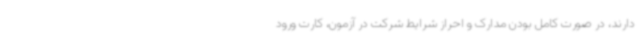
دارند، در صورت کامل بودن مدارک و احراز شرایط شرکت در آزمون، کارت ورود